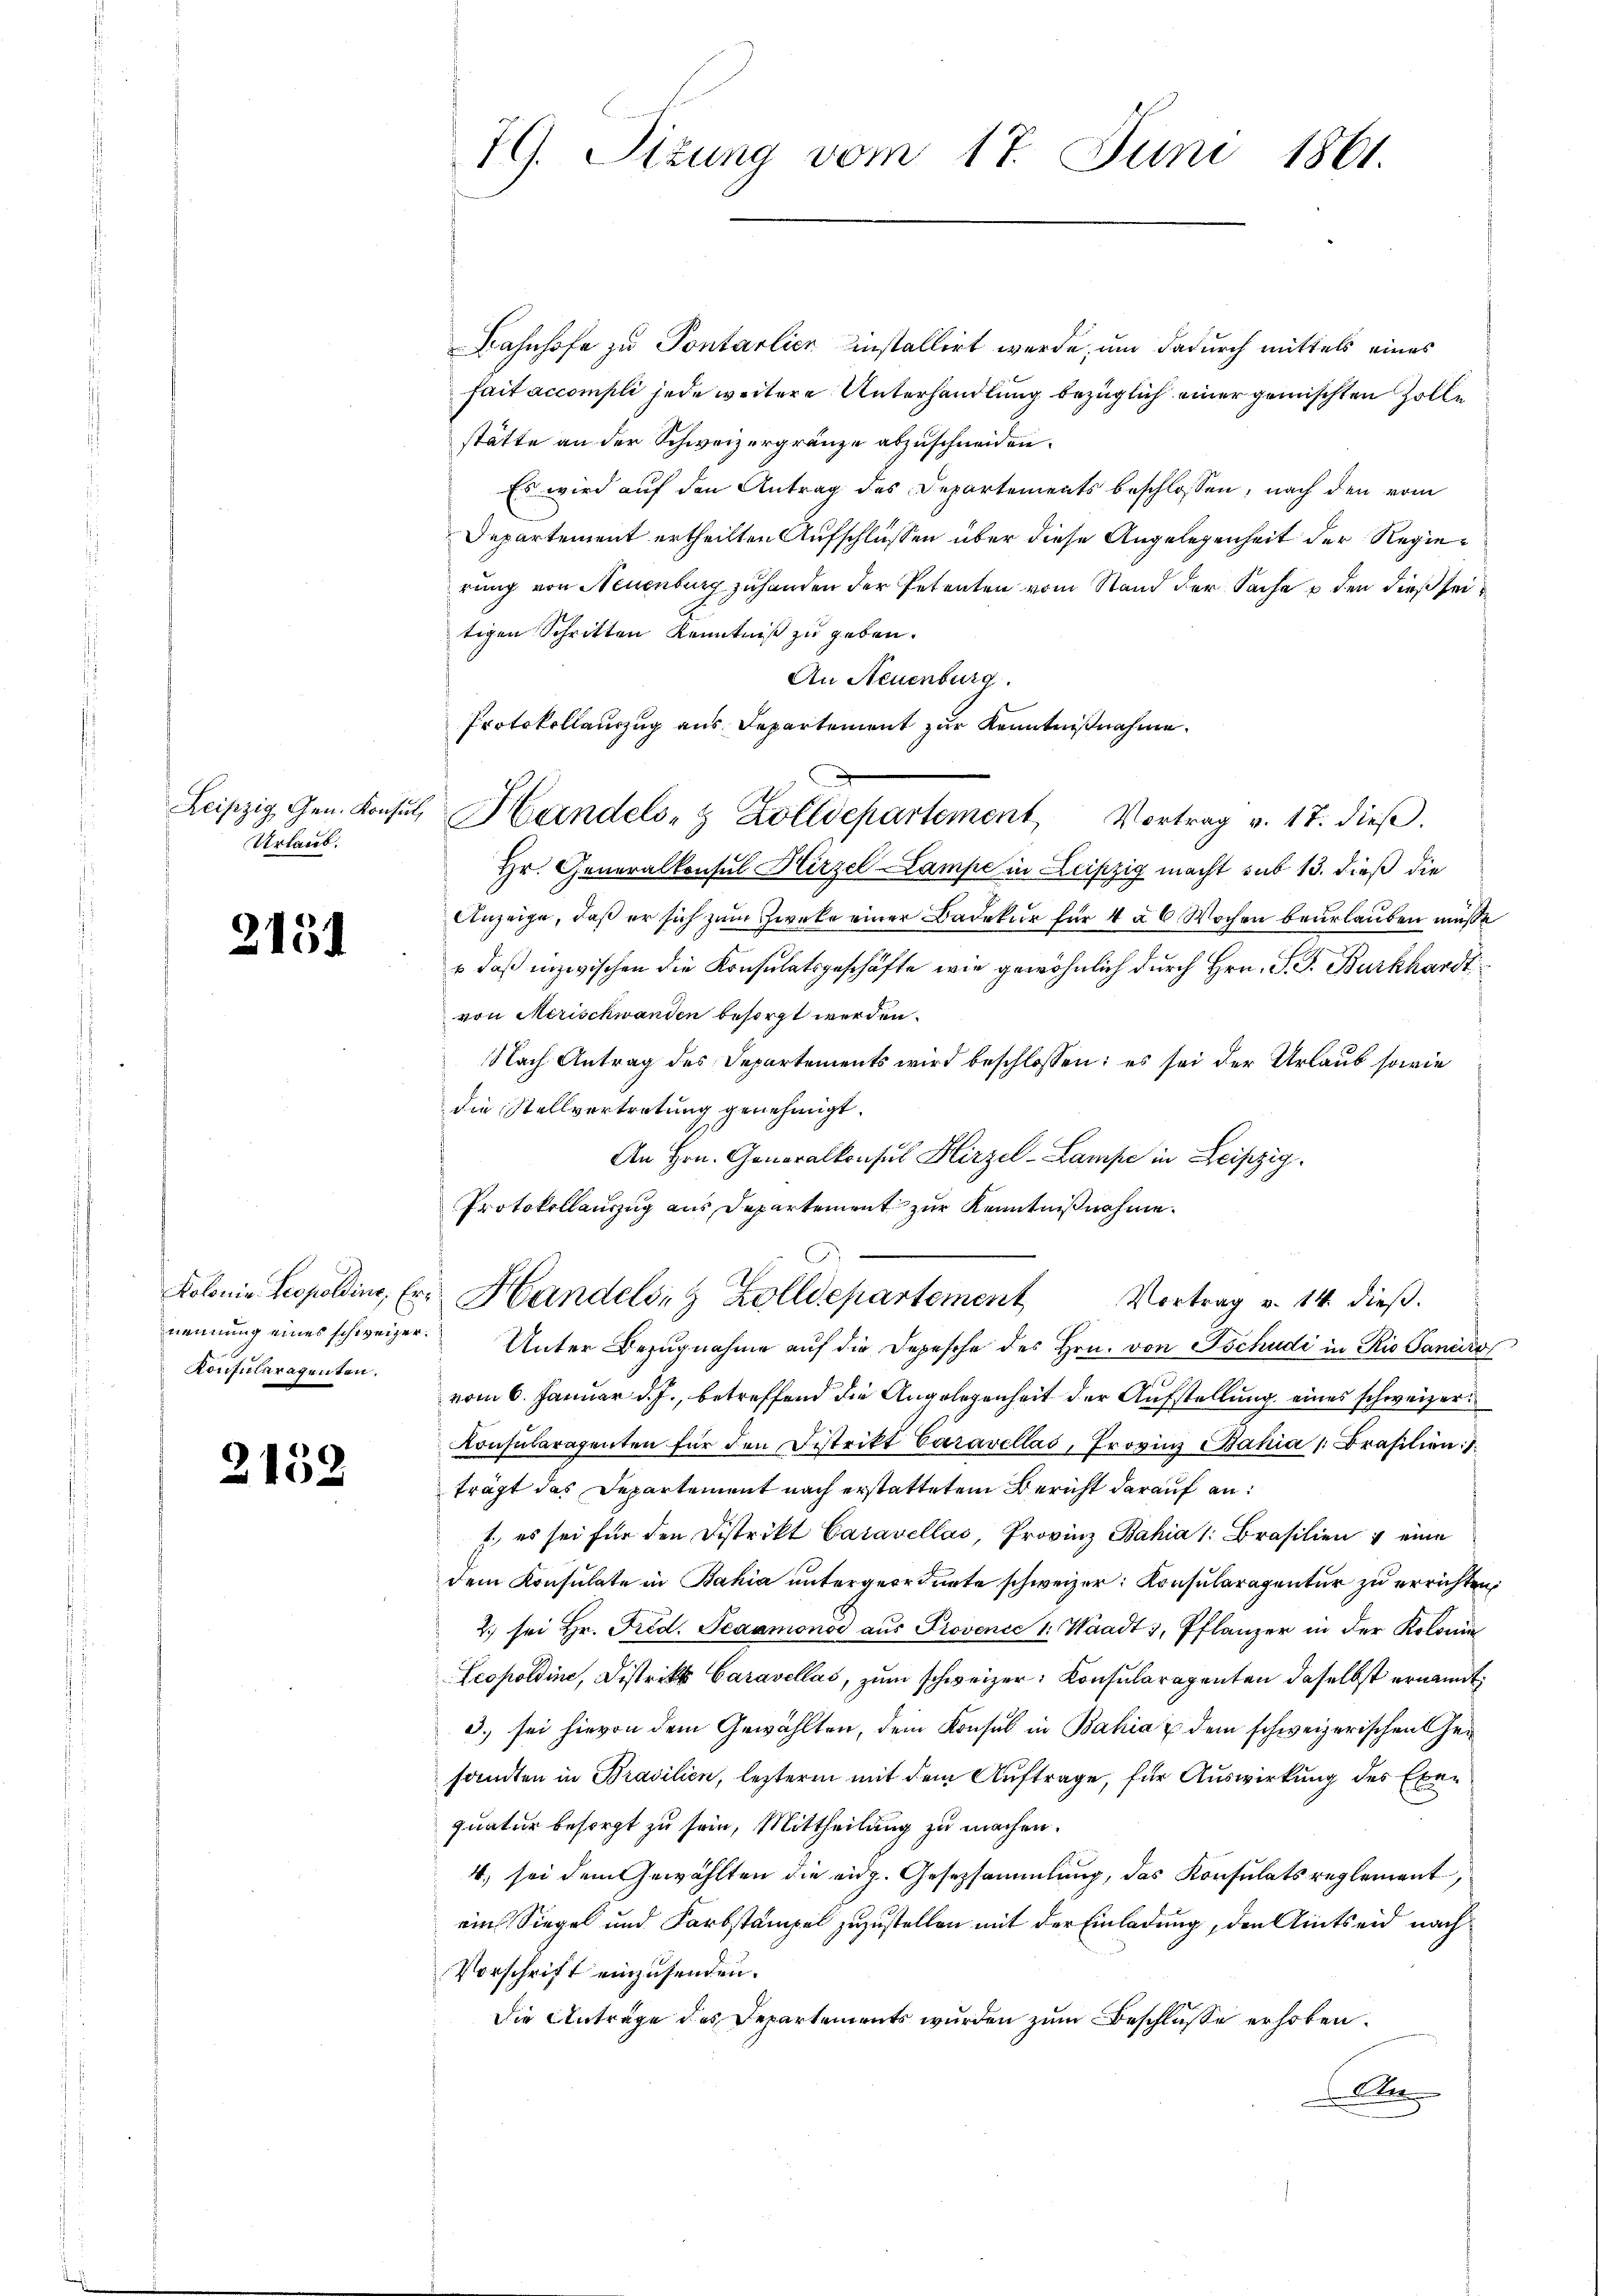
Urlaub.

2131

Kontuleragenten.

152

19. Sizung vom 17. Juni 1861.

Bahnhofe zu Pontarlier installirt werde, um dadurch mittels eines
fait accompli jede weitere Unterhandlung bezüglich einer gemischten Zolle
stätte an der Schweizergränze abzuschneiden.
Es wird auf den Antrag des Departements beschlossen, nach den vom
Departement ertheilten Aufschlüssen über diese Angelegenheit der Regierung von Neuenburg zuhanden der Petenten vom Stand der Sache u den dieß seitigen Schritten Kenntniß zu geben.
An Neuenburg.
Protokollauszug aus Departement zur Kenntnißnahme.
Hr. Generalkonsul Hirzel Lampe in Leipzig macht sub 13. dieß die
Anzeige, daß er sich zum Zwecke einer Badekur für 4 à 6 Wochen beurlauben müsse
 daß inzwischen die Konsulatsgeschäfte wie gewöhnlich durch Hrn. P. F. Burkhardt
von Merischwanden besorgt werden.
Nach Antrag des Departements wird beschlossen: es sei der Urlaub sowie
die Stellvertretung genehmigt.
An Hrn. Generalkonsul Hirzel-Lampe in Leipzig.
Protokollauszug aus Departement zur Kenntnißnahme.
Kolonie Leopoldins, Er. Handels- & Zolldepartement Vortrag v. 14. dieβ.
nennung eines schweizer. Unter Bezŭgnahme aŭf die Depesche des Hrn. von Tschudi in Rio Pancro
vom 6. Januar d. J., betreffend die Angelegenheit der Aufstellung eines schweizer
Konsularatenten für den Distritt Caravellos, Provin Bahia 1. Brasilien
frägt das Departement nach erstattetem Bericht darauf an:
7, es sei für den Distrikt Caravellos, Provinz Bahia 1. Brasilien & eine
dem Konsulate in Bahia untergeordnete schweizer Konsularagentur zu errichten,
2.) sei Hr. Fred. Scaamonod aus Provenie 1: Waadt, Pflanzer in der Koloni
Leopoldine, Distrikt Caravellas, zum schweizer Konsularagenten daselbst ernannt
3) sei hievon dem Gewählten, dem Konsul in Bahia & dem schweizerischen Heisanten in Brasilien, lezterm mit dem Auftrage, für Auswirkung des Exequatur besorgt zu sein, Mittheilung zu machen.
4. sei dem Gewählten die eidg. Gesetzsammlung, das Konsulats reglement,
ein Siegel und Farbstämpel zuzustellen mit der Einladung, den Amtseid nach
Vorschrift einzusenden.
Die Antrage des Departements wurden zum Beschlüsse erhoben.
A

Leipzig Gen. Konsul Handels- & Zolldepartement, Vortrag v. 17. dieß.